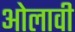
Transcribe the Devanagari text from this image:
ओलावी